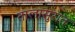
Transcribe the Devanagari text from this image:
तालासुरात